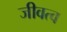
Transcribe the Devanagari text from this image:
जीवत्व